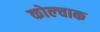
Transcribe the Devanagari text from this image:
कोल्चाक